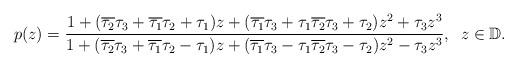
LaTeX: \begin{align*}p(z)=\frac{1+(\overline{\tau_2}\tau_3+\overline{\tau_1}\tau_2 +\tau_1)z +(\overline{\tau_1}\tau_3+ \tau_1\overline{\tau_2}\tau_3 +\tau_2)z^2 +\tau_3 z^3}{1 +(\overline{\tau_2}\tau_3+ \overline{\tau_1}\tau_2 -\tau_1)z +(\overline{\tau_1}\tau_3- \tau_1\overline{\tau_2}\tau_3 -\tau_2)z^2 -\tau_3 z^3}, \;\;z\in\mathbb{D}.\end{align*}